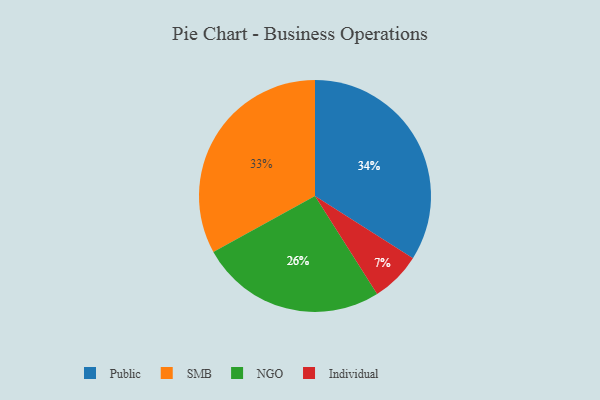
{"axis": {"x": "Category", "y": "Percentage"}, "legend": ["Individual", "NGO", "Public", "SMB"], "data": [{"x": "SMB", "y": 33, "type": "SMB"}, {"x": "Public", "y": 34, "type": "Public"}, {"x": "NGO", "y": 26, "type": "NGO"}, {"x": "Individual", "y": 7, "type": "Individual"}]}